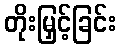
တိုးမြှင့်ခြင်း